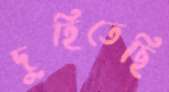
দুহিতেছি